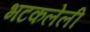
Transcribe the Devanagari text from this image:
भटकलेली